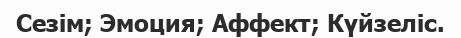
Сезім; Эмоция; Аффект; Күйзеліс.